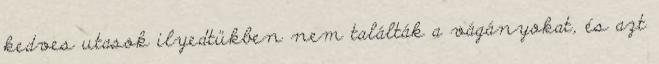
kedves utasok ilyedtükben nem találták a vágányokat, és azt